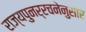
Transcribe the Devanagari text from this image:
राज्यपुनर्रचनेनुसार